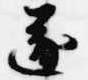
遂